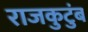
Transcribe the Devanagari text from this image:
राजकुटुंब